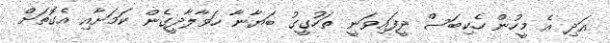
އަދި އެ މީހުން ހެކިބަސް ދީފައިވަނީ ތަހުގީގު ބަޔާނާ ހަވާލާދީގެން ކަމަށާއި އެގޮތަށް